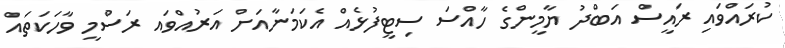
ކުރައްވައި ރައީސް އަބްދު ޔާމީންގެ ހާއްސަ ސިޓީފުޅެއް އެކަމަނާއަށް އަރުއްވައ ރަސްމީ ވާހަކަތައް